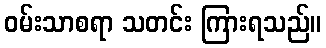
ဝမ်းသာစရာ သတင်း ကြားရသည်။